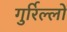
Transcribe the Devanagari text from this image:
गुर्रिल्लों